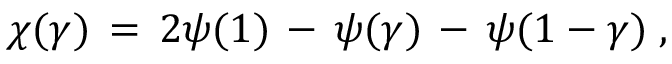
\chi ( \gamma ) \, = \, 2 \psi ( 1 ) \, - \, \psi ( \gamma ) \, - \, \psi ( 1 - \gamma ) \; ,